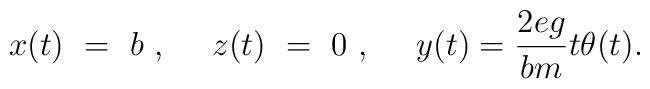
x(t)~=~b~,~~~~z(t)~=~0~,~~~~y(t)={2eg \over bm}t \theta(t).